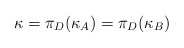
\begin{align*}\kappa=\pi_D(\kappa_A)=\pi_D(\kappa_B)\end{align*}